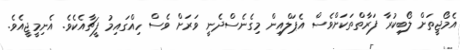
އެމޯޖީތަށް ލޯބިކުރާ ފަރާތްތަކަށްވެސް އެޕަލްއިން މިގެނެސްދެނީ ވަރަށް ވެސް ހިއްގައިމު ފީޗާއެކެވެ. އެނިމީޖީއެވެ.